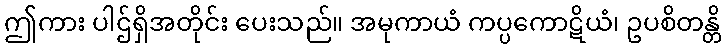
ဤကား ပါဌ်ရှိအတိုင်း ပေးသည်။ အမုကာယံ ကပ္ပကောဋိယံ၊ ဥပစိတန္တိ